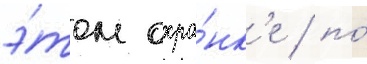
э́том охра́нк'е / по́